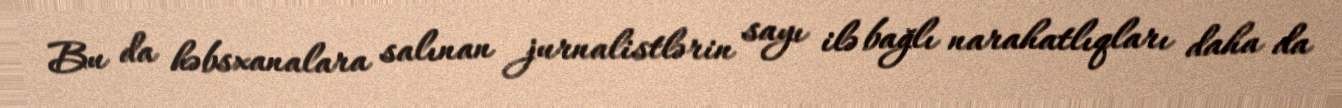
Bu da həbsxanalara salınan jurnalistlərin sayı ilə bağlı narahatlıqları daha da